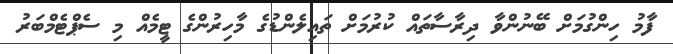
ފާމު ހިންގުމަށް ބޭނުންވާ ދިރާސާތައް ކުރުމަށް ތައިލެންޑުގެ މާހިރުންގެ ޓީމެއް މި ސެޕްޓެމްބަރު